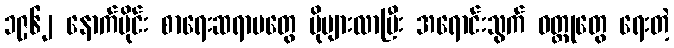
၁၉၆၂ နောက်ပိုင်း စာရေးဆရာမတွေ ပိုများလာပြီး အရောင်းသွက် ဝတ္ထုတွေ ရေးတဲ့